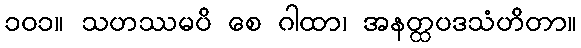
၁၀၁။ သဟဿမပိ စေ ဂါထာ၊ အနတ္ထပဒသံဟိတာ။